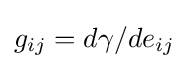
g_{ij}=d\gamma /de_{ij}